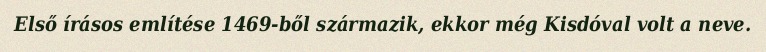
Első írásos említése 1469-ből származik, ekkor még Kisdóval volt a neve.